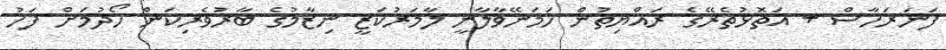
ފަނަރަހާސް + އަތޮޅުތެރޭގެ ރައްޔިތުން ހަމަނޭވާލާނީ ލާމަރުކަޒީ ނިޒާމުގެ ބާރުވެރިކަން ހޯދުމަށް ފަހު